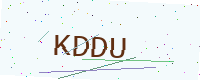
Text: KDDU